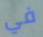
في